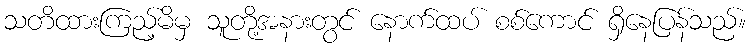
သတိထားကြည့်မိမှ သူတို့အနားတွင် နောက်ထပ် စစ်ကောင် ရှိနေပြန်သည်။